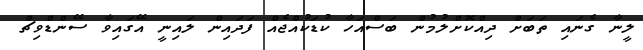
ލީނާ ގެނައި ތަބަށް ދިއްކޮށްލުމުން ބަސްއަހާ ކުޑަކުއްޖެއް ފަދައިން ލައިނީ އޭގައިވާ ސޭންޑްވިޗް